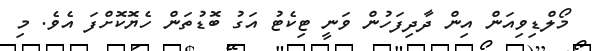
މޯލްޑިވިއަން އިން ދާދިފަހުން ވަނީ ޓިކެޓު އަގު ބޮޑުތަން ހެޔޮކޮށްފަ އެވެ. މި